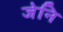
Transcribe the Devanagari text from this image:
जेनि